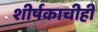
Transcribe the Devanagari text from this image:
शीर्षकाचीही